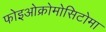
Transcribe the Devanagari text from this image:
फोइओक्रोमोसिटोमा